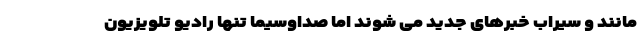
مانند و سیراب خبرهای جدید می شوند اما صداوسیما تنها رادیو تلویزیون